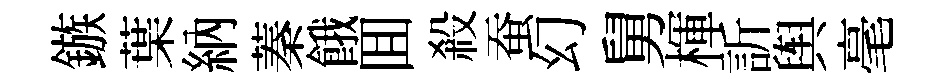
鏃葉納蓁餓囬殺蚕幻舅楎訢舆毫